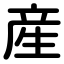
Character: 産